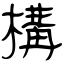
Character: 構